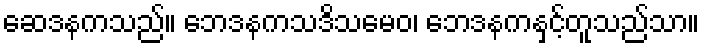
ဆေဒနကသည်။ ဘေဒနကသဒိသမေဝ၊ ဘေဒနကနှင့်တူသည်သာ။